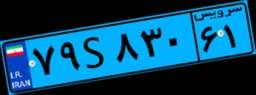
۷۹S۸۳۰۶۱